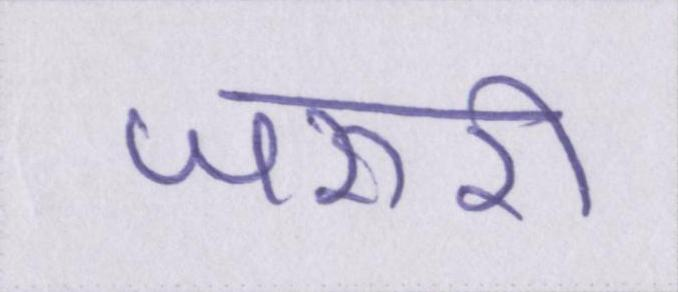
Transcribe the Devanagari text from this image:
जरुरी